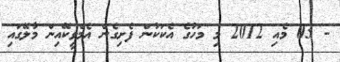
- 03 މެއި 2012 މި މަހުގެ އެކަކުން ފެށިގެން އެމްވީކޭއިން މާލޭގައި